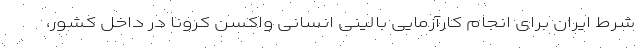
شرط ایران برای انجام کارآزمایی بالینی انسانی واکسن کرونا در داخل کشور،